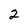
Character: 2